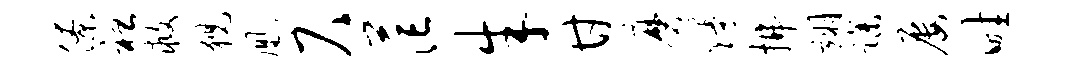
僚袒救猊凰尺茫朱甘磨熳拂翊躁屡畦